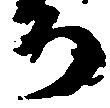
ち